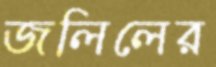
জলিলের